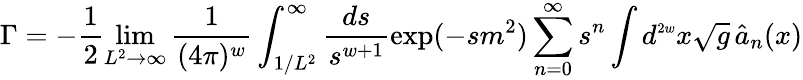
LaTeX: \Gamma=-\frac{1}{2}\operatorname*{lim}_{L^{2}\rightarrow\infty}\frac{1}{(4\pi)^{w}}\int_{1/L^{2}}^{\infty}\frac{ds}{s^{w+1}}\exp(-sm^{2})\sum_{n=0}^{\infty}s^{n}\int d^{\scriptscriptstyle{2w}}x\sqrt{g}\, \hat{a}_{n}(x)